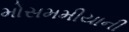
મોસમમીયાની